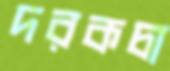
দরকচা